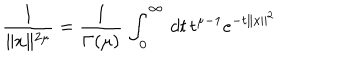
LaTeX: \frac { 1 } { \parallel x \parallel ^ { 2 \mu } } = \frac { 1 } { \Gamma ( \mu ) } \, \int _ { 0 } ^ { \infty } \, d t \, t ^ { \mu - 1 } e ^ { - t \parallel x \parallel ^ { 2 } }